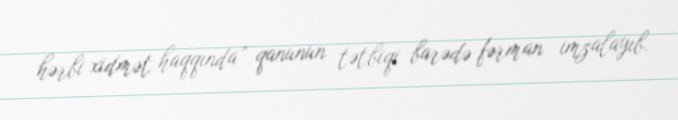
hərbi xidmət haqqında” qanunun tətbiqi barədə fərman imzalayıb.